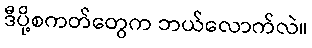
ဒီပို့စကတ်တွေက ဘယ်လောက်လဲ။